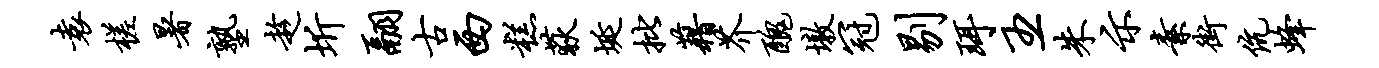
袁槎暑塾趁圻翮古西糕荻埏批藉芥丑墩冠剔珥主朱示素街伉蜂